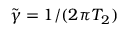
\Tilde { \gamma } = 1 / ( 2 \pi T _ { 2 } )